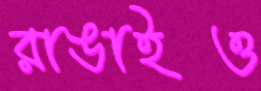
রাঙাইও